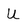
Character: U